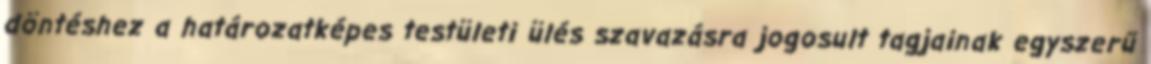
döntéshez a határozatképes testületi ülés szavazásra jogosult tagjainak egyszerű